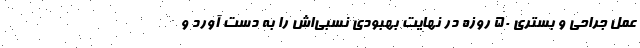
عمل جراحی و بستری ۵۰ روزه در نهایت بهبودی نسبی‌اش را به دست آورد و